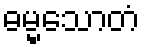
ဓမ္မသောတံ